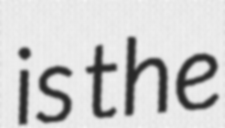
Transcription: is the